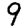
Digit: 9